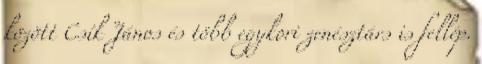
között Csík János és több egykori zenésztárs is fellép.